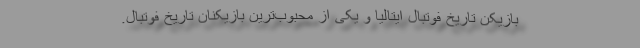
بازیکن تاریخ فوتبال ایتالیا و یکی از محبوب‌ترین بازیکنان تاریخ فوتبال.